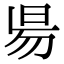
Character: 𣆄